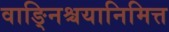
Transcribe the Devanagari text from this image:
वाङ्निश्चयानिमित्त